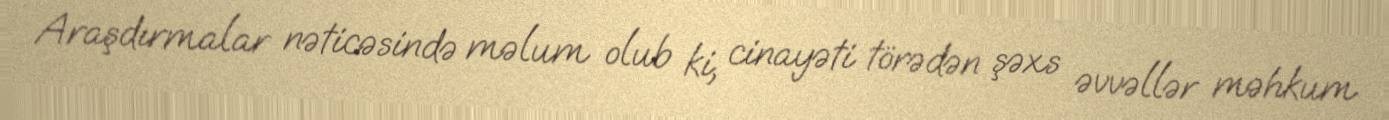
Araşdırmalar nəticəsində məlum olub ki, cinayəti törədən şəxs əvvəllər məhkum